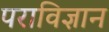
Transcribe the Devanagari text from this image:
पराविज्ञान